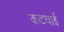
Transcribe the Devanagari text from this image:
कटवाई